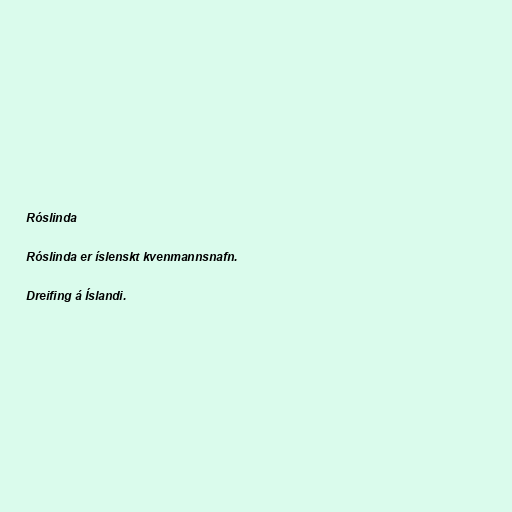
Róslinda

Róslinda er íslenskt kvenmannsnafn.

Dreifing á Íslandi.